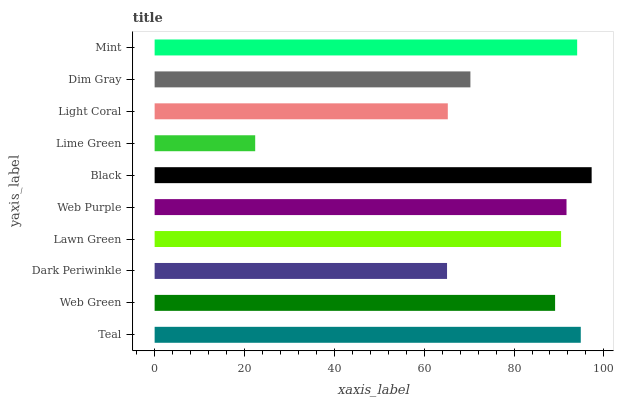
| yaxis_label | bars |
 | --- | --- |
 | Teal | 94.9 |
 | Web Green | 89.1 |
 | Dark Periwinkle | 65.1 |
 | Lawn Green | 90.5 |
 | Web Purple | 91.7 |
 | Black | 97.3 |
 | Lime Green | 22.4 |
 | Light Coral | 65.3 |
 | Dim Gray | 70.3 |
 | Mint | 94.1 |